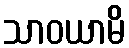
သာဝယာမိ